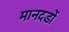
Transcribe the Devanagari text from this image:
मानदडों